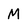
Character: M